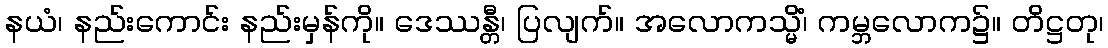
နယံ၊ နည်းကောင်း နည်းမှန်ကို။ ဒေဿန္တီ၊ ပြလျက်။ အလောကသ္မိံ၊ ကမ္ဘလောက၌။ တိဋ္ဌတု၊